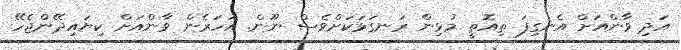
އަދި ވާންއަށް އެނގިފަ ތިއޮތީ މުޅިން ރަނގަޅަކަށްވެސް ނޫން. އަހަރެން ވާންއަށް ކިޔައިދޭންޖެހޭ